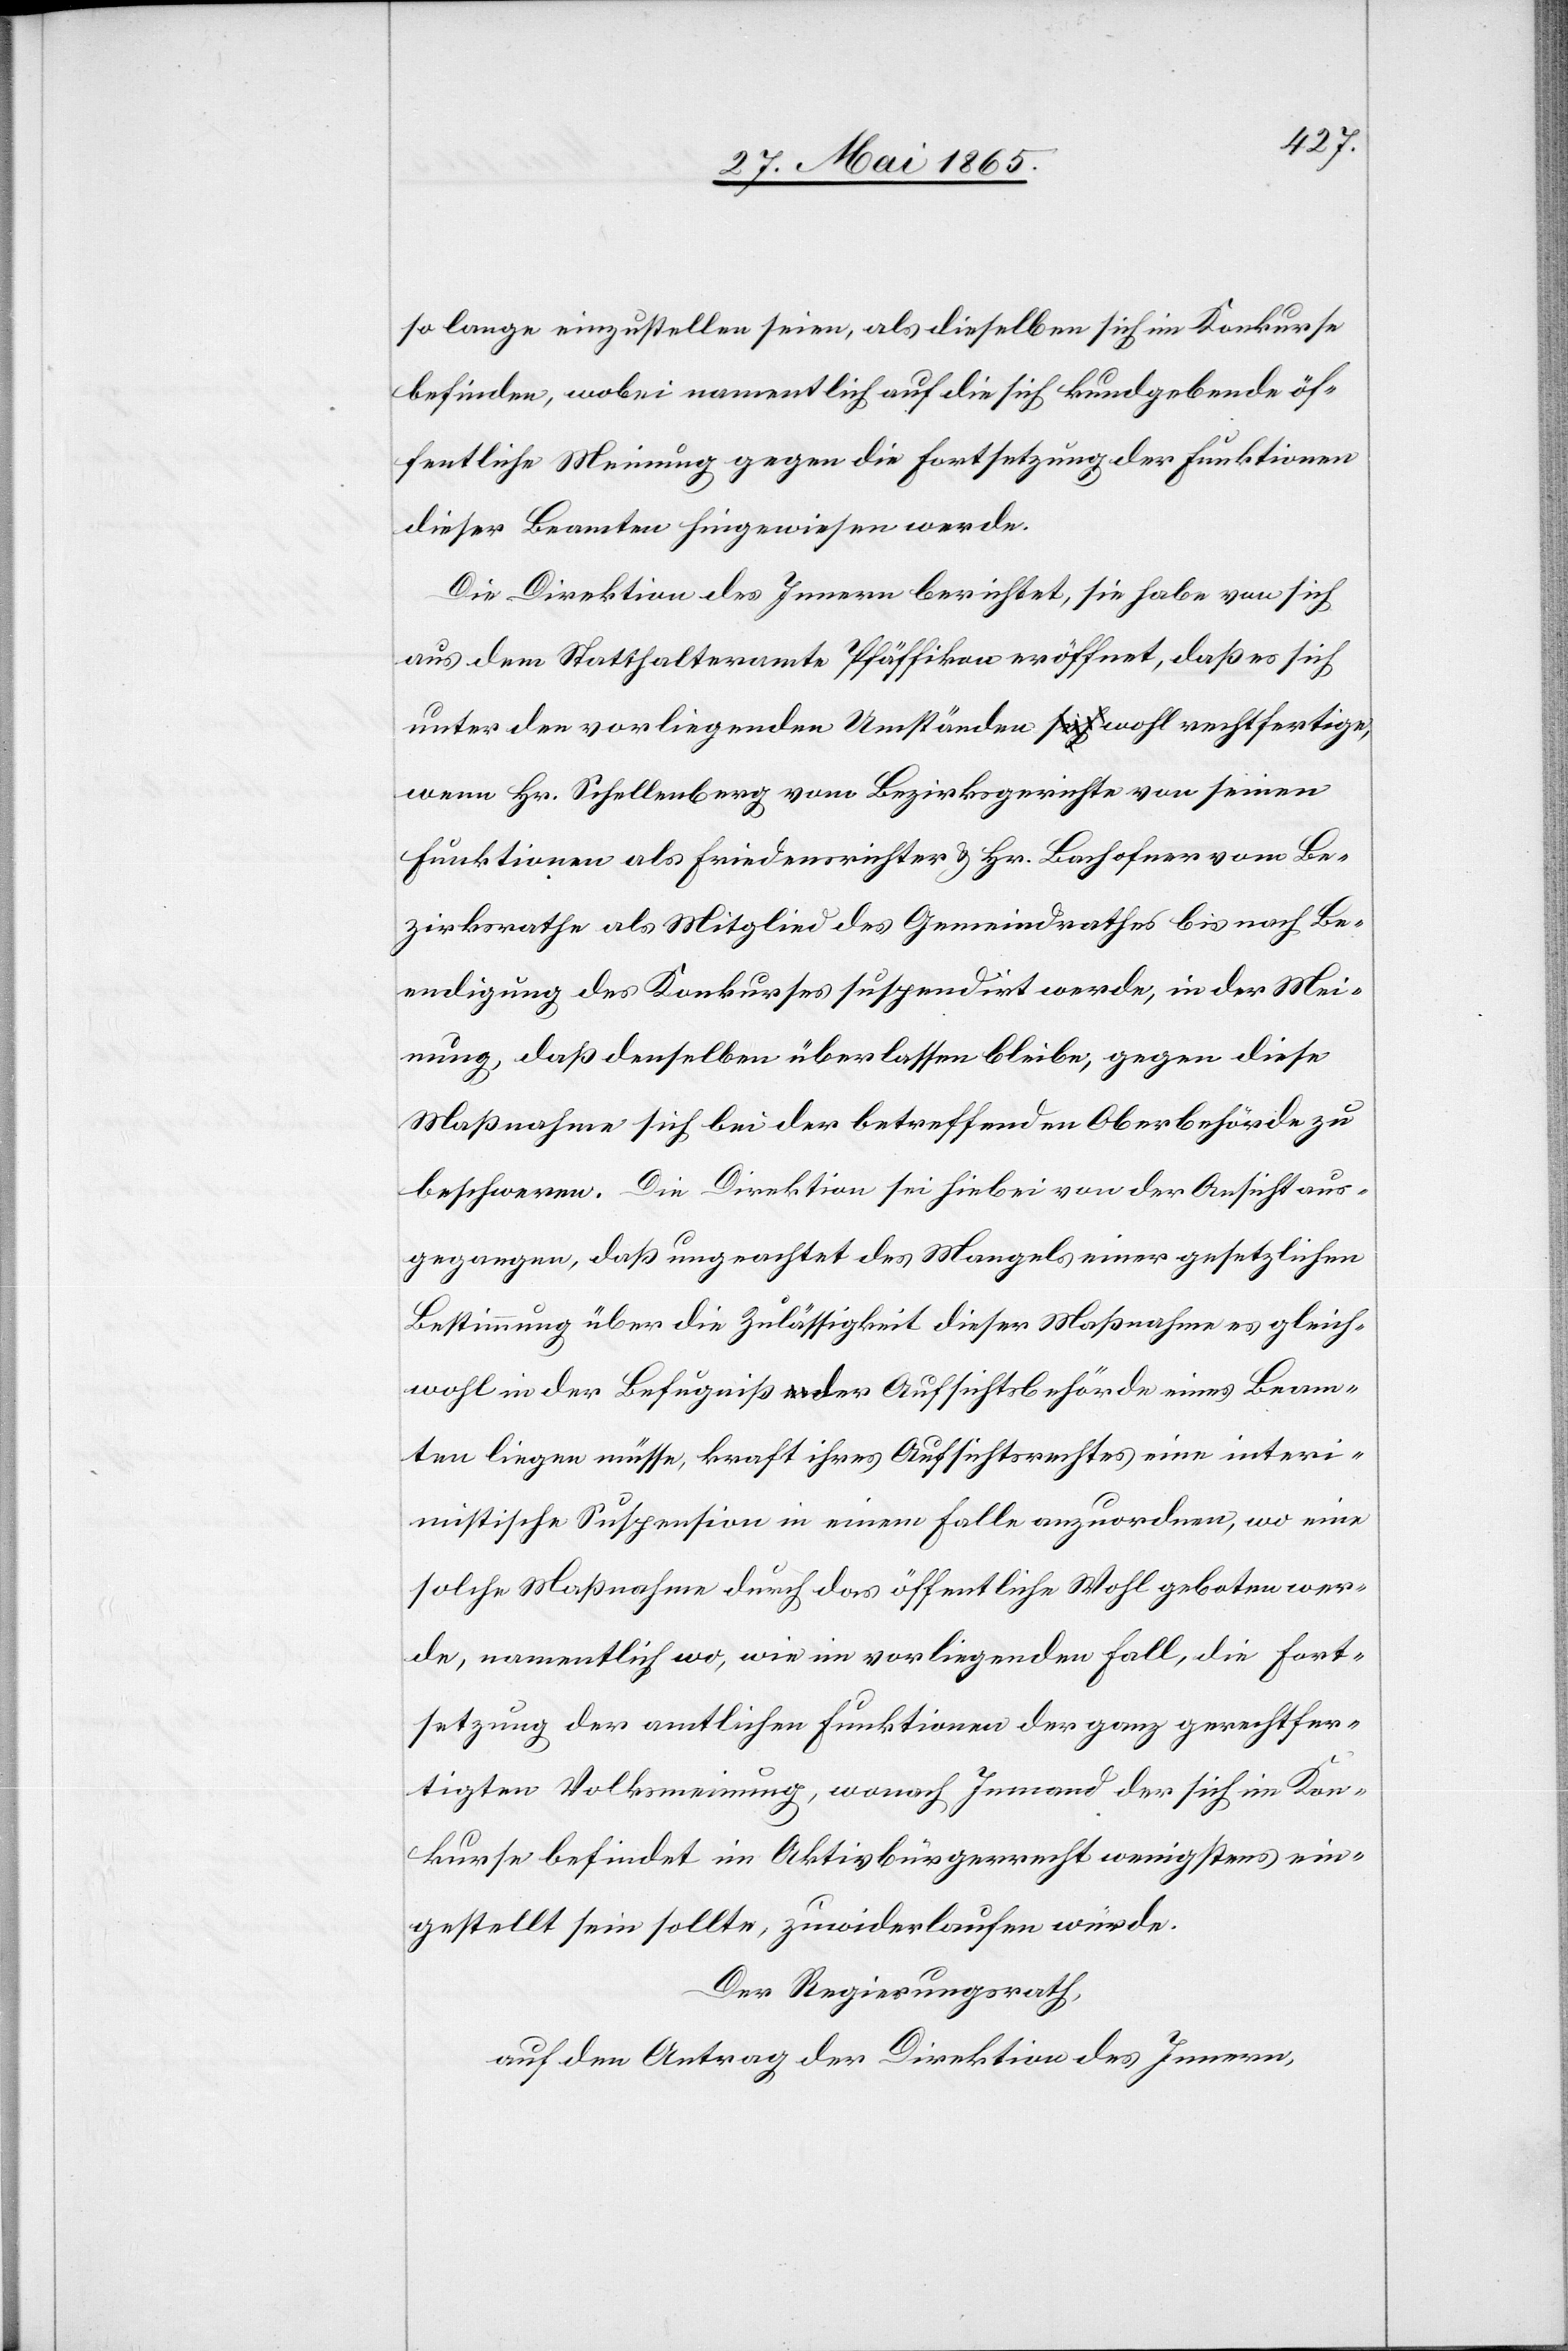
so lange einzustellen seien, als dieselben sich im Konkurse
befinden, wobei namentlich auf die sich kundgebende öf¬
fentliche Meinung gegen die Fortsetzung der Funktionen
dieser Beamten hingewiesen werde.
Die Direktion des Innern berichtet, sie habe von sich
aus dem Statthalteramte Pfäffikon eröffnet, daß es sich
unter den vorliegenden Umständen wohl rechtfertige,
wenn Hr. Schellenberg vom Bezirksgerichte von seinen
Funktionen als Friedensrichter & Hr. Bachofner vom Be¬
zirksrathe als Mitglied des Gemeindrathes bis nach Be¬
endigung des Konkurses suspendirt werde, in der Mei¬
nung, daß denselben überlassen bleibe, gegen diese
Maßnahme sich bei der betreffenden Oberbehörde zu
beschweren. Die Direktion sei hiebei von der Ansicht aus¬
gegangen, daß ungeachtet des Mangels einer gesetzlichen
Bestimmung über die Zulässigkeit dieser Maßnahme es gleich¬
wohl in der Befugniß der Aufsichtsbehörde eines Beam¬
ten liegen müsse, kraft ihres Aufsichtsrechtes eine interi¬
mistische Suspension in einem Falle anzuordnen, wo eine
solche Maßnahme durch das öffentliche Wohl geboten wer¬
de, namentlich wo, wie im vorliegenden Fall, die Fort¬
setzung der amtlichen Funktionen der ganz gerechtfer¬
tigten Volksmeinung, wonach Jemand der sich im Kon¬
kurse befindet im Aktivbürgerrecht wenigstens ein¬
gestellt sein sollte, zuwiderlaufen würde.
Der Regierungsrath,
auf den Antrag der Direktion des Innern,